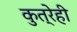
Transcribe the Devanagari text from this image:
कुत्रेही